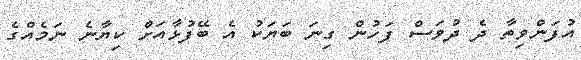
އުފަންވިތާ ދެ ދުވަސް ފަހުން ގިނަ ބަޔަކު އެ ބޭފުޅާއަށް ކިޔާނެ ނަމެއްގެ